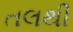
તલથી